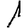
Digit: 1